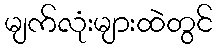
မျက်လုံးများထဲတွင်